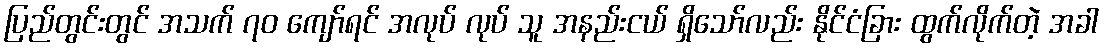
ပြည်တွင်းတွင် အသက် ၇၀ ကျော်ရင် အလုပ် လုပ် သူ အနည်းငယ် ရှိသော်လည်း နိုင်ငံခြား ထွက်လိုက်တဲ့ အခါ